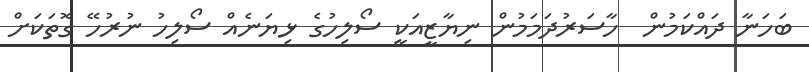
ބަހަނާ ދައްކަމުން  ހާސަރުދަމަމުން ނިޔާޒީއަކީ ސޯލިހުގެ ޅިޔަނެއް ސޯލިހު ނުރުހޭ ގޮތަކަށް